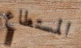
المستطاع